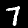
Digit: 7